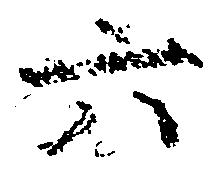
六